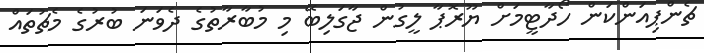
ޗެންޕިއަންކަން ހޯދާޓީމަށް ޔޫރޮޕާ ލީގުން ޖާގަލިބޭ މި މުބާރާތުގެ ދެވަނަ ބުރުގެ މެޗުތައް